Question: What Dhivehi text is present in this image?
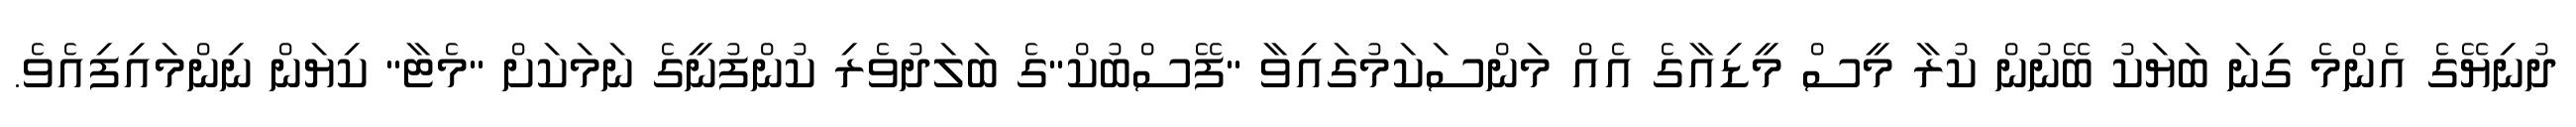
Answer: ދުނިޔޭގެ އެންމެ ގިނަ ބަޔަކު ބޭނުން ކުރާ މީސް މީޑިއާގެ އެއް މަންސަކަމުގައިވާ "ފޭސްބުކް"ގެ ބަލަދުވެރި ކުންފުނީގެ ނަމަކަށް "މެޓާ" ކިޔަން ނިންމައިފިއެވެ.